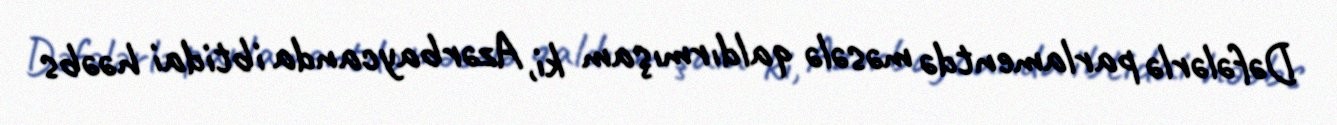
Dəfələrlə parlamentdə məsələ qaldırmışam ki, Azərbaycanda ibtidai həəbs